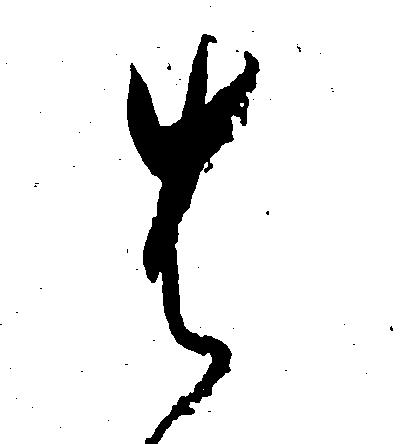
は